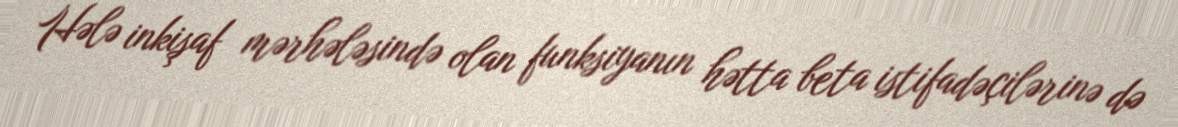
Hələ inkişaf mərhələsində olan funksiyanın hətta beta istifadəçilərinə də